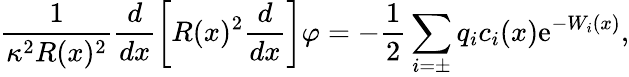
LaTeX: \frac{1}{\kappa^{2}R(x)^{2}}\frac{d}{dx}\left[R(x)^{2}\frac{d}{dx}\right]\varphi=-\frac{1}{2}\sum_{i=\pm}q_{i}c_{i}(x)\mathrm{e}^{-W_{i}(x)},